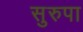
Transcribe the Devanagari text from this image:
सुरुपा